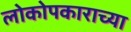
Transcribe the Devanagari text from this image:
लोकोपकाराच्या